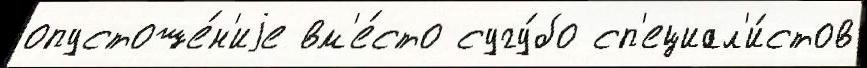
опустоше́н'иjе вм'е́сто сугу́бо сп'ециал'и́стов